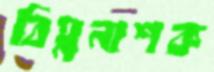
বিঘ্ননাশক